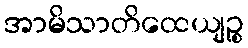
အာမိသာတိထေယျဉ္စ